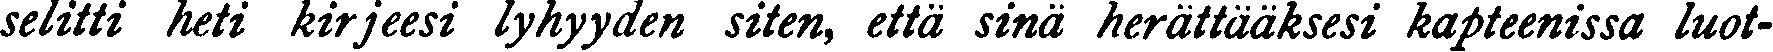
selitti heti kirjeesi lyhyyden siten, että sinä herättääksesi kapteenissa luot-